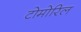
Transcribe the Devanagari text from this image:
टोमोरिल